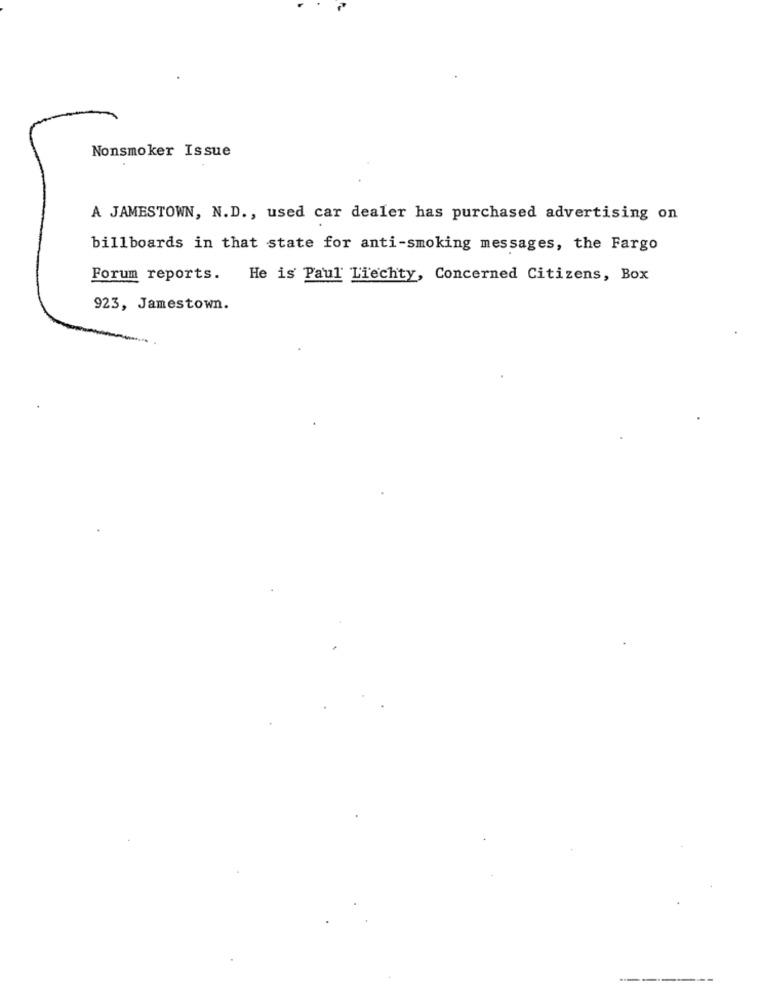
Nonsmoker Issue
A JAMESTOWN, N.D ., used car dealer has purchased advertising on
billboards in that state for anti-smoking messages, the Fargo
Forum reports. He is Paul Liechty, Concerned Citizens, Box
923, Jamestown.